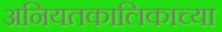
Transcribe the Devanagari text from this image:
अनियतकालिकाच्या